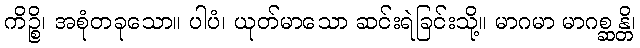
ကိဉ္စိ၊ အစုံတခုသော။ ပါပံ၊ ယုတ်မာသော ဆင်းရဲခြင်းသို့။ မာဂမာ မာဂစ္ဆန္တိ၊